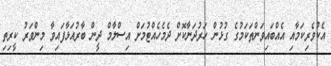
އެކުވެރިކަމާއި އެއްބައިވަންތަކަމުގެ ގުޅުން ހަރުދަނާކޮށް ދެމެހެއްޓުމަށް އިސްލާމް ދީން ބާރުއަޅާފައިވާ މިންވަރު ކީރިތި